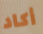
أكاد